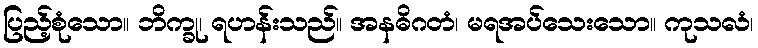
ပြည့်စုံသော။ ဘိက္ခု၊ ရဟန်းသည်။ အနဓိဂတံ၊ မရအပ်သေးသော။ ကုသလံ၊